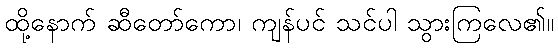
ထို့နောက် ဆီတော်ကော၊ ကျန်ပင် သင်ပါ သွားကြလေ၏။